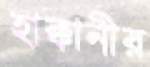
হাক্কানীর